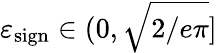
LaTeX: \varepsilon_{\mathrm{sign}}\in(0,\sqrt{2/e\pi}]